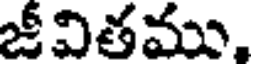
జీవితము,